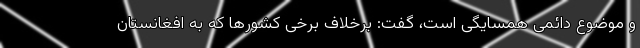
و موضوع دائمی همسایگی است، گفت: برخلاف برخی کشورها که به افغانستان